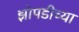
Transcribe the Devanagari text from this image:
झोपडीच्या